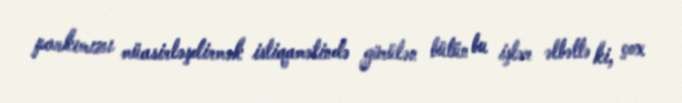
parkımızı müasirləşdirmək istiqamətində görülən bütün bu işlər əlbəttə ki, çox